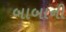
બાબાની